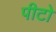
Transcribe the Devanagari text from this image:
पीटो